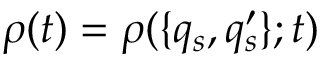
\rho ( t ) = \rho ( \{ q _ { s } , q _ { s } ^ { \prime } \} ; t )